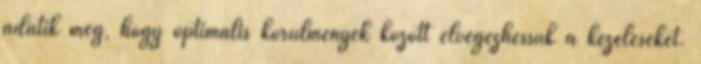
adatik meg, hogy optimális körülmények között elvégezhessük a kezeléseket.